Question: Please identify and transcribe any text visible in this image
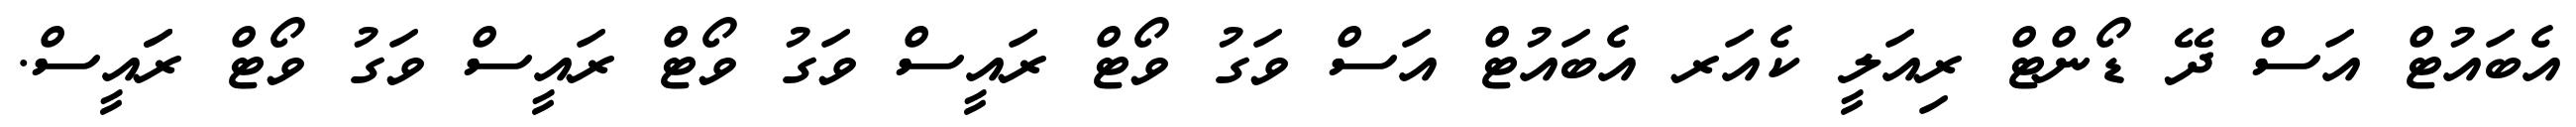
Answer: އެބައުޓް އަސް ދޭ ޑޯންޓް ރިއަލީ ކެއަރ އެބައުޓް އަސް ވަގު ވޯޓް ރައީސް ވަގު ވޯޓް ރައީސް ވަގު ވޯޓް ރަައީސް.